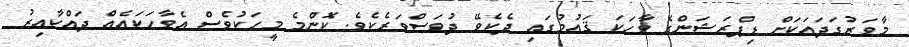
މާވަރުގަދައަކަށް ޑިޕްރަޝަންގެ ވާހަކަ ޤައުމުގައި ދެކެވޭ ދުވަސްވަރެކެވެ. ކޮންމެ މީހަކުވެސް އެވާހަކައެއް ދައްކާއިރު